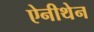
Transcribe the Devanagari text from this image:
ऐनीथेन